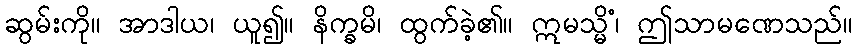
ဆွမ်းကို။ အာဒါယ၊ ယူ၍။ နိက္ခမိ၊ ထွက်ခဲ့၏။ ဣမသ္မိံ၊ ဤသာမဏေသည်။